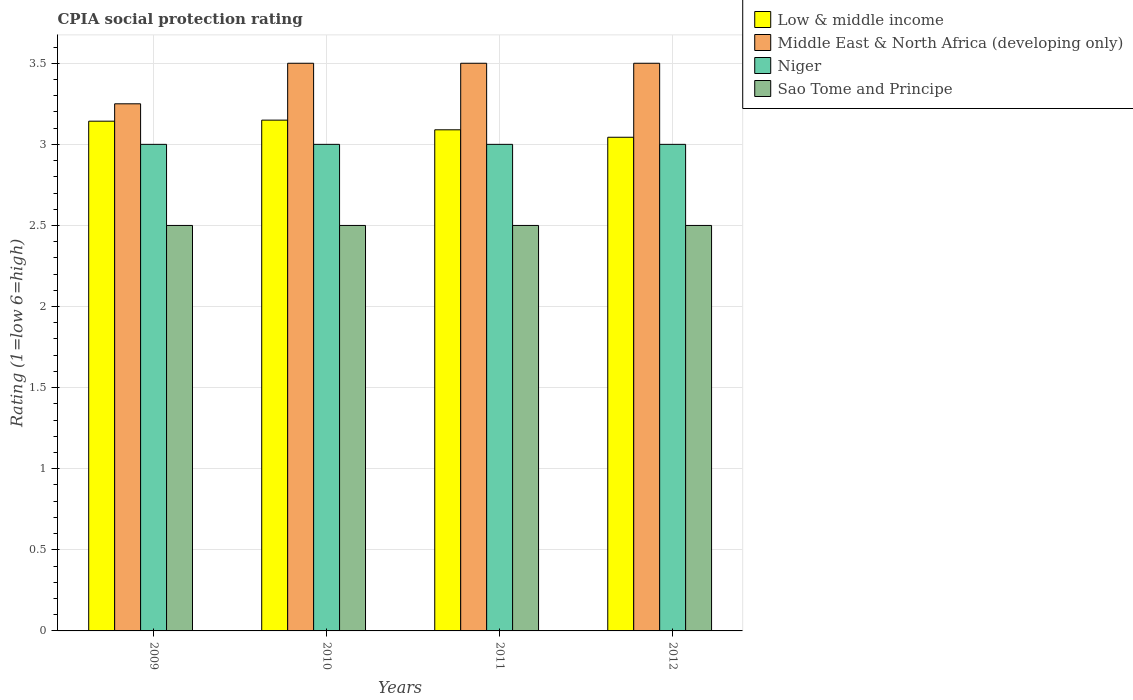
| Years | Low & middle income | Middle East & North Africa (developing only) | Niger | Sao Tome and Principe |
 | --- | --- | --- | --- | --- |
 | 2009 | 3.14 | 3.25 | 3 | 2.5 |
 | 2010 | 3.15 | 3.5 | 3 | 2.5 |
 | 2011 | 3.09 | 3.5 | 3 | 2.5 |
 | 2012 | 3.04 | 3.5 | 3 | 2.5 |